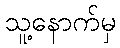
သူ့နောက်မှ